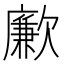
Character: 𣤤